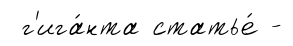
г'ига́нта статье́ -